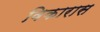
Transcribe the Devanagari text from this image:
विकारास